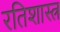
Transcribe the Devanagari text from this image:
रतिशास्त्र